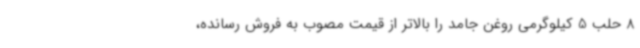
8 حلب 5 کیلوگرمی روغن جامد را بالاتر از قیمت مصوب به فروش رسانده،